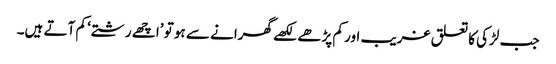
جب لڑکی کا تعلق غریب اور کم پڑھے لکھے گھرانے سے ہو تو ’اچھے رشتے‘ کم آتے ہیں۔